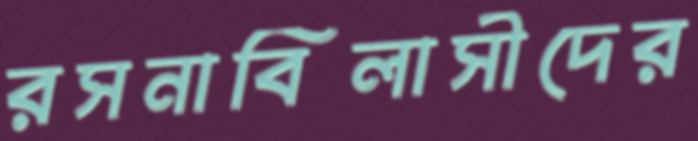
রসনাবিলাসীদের